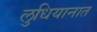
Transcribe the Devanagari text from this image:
लुधियानात